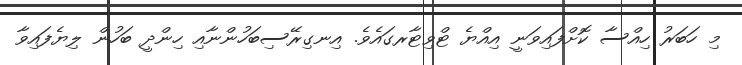
މި ހަބަރު ހިއްސާ ކޮށްފައިވަނީ އިއްޔެ ޓްވިޓާރގައެވެ. އިނގިރޭސިބަހުންނާއި ހިންދީ ބަހުން ލިޔެފައިވާ